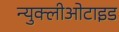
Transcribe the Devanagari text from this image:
न्युक्लीओटाइड